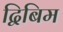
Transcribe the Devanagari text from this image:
द्विबिम